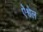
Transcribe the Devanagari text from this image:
ऐश्वेल